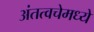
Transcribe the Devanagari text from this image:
अंतत्वचेमध्ये